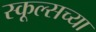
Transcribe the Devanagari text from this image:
स्कूल्सच्या